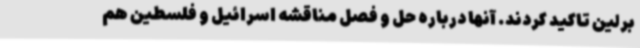
برلین تاکید کردند. آنها درباره حل و فصل مناقشه اسرائیل و فلسطین هم